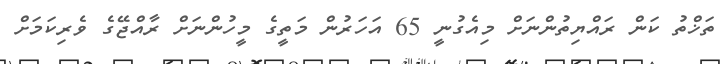
ތަޚްތު ކަން ރައްޔިތުންނަށް މިއެގުނީ 65 އަހަރުން މަތީގެ މީހުންނަށް ރާއްޖޭގެ ވެރިކަމަށް